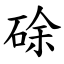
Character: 硢